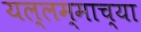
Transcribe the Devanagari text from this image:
यल्लम्माच्या